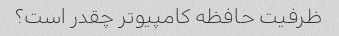
ظرفیت حافظه کامپیوتر چقدر است؟